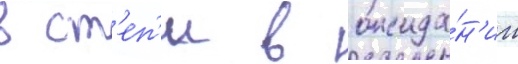
в ст'еп'и в ожида́н'ии